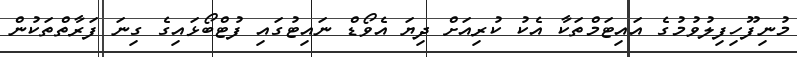
މުނިފޫހިފިލުވުމުގެ އައިޓަމްތަކާ އެކު ކުރިއަށް ދިޔަ އެވޯޑް ނައިޓުގައި ފުޓްބޯޅައިގެ ގިނަ ފަރާތްތަކުން